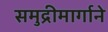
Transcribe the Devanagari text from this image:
समुद्रीमार्गाने